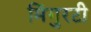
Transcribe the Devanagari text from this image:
मिंगुरटी